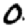
Digit: 0